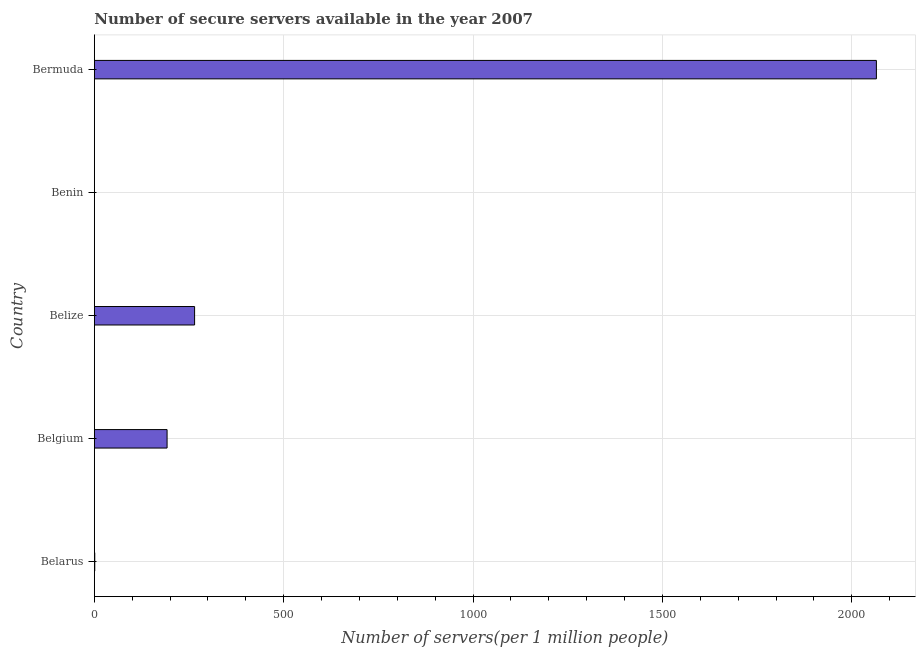
| Country | Secure Internet servers |
 | --- | --- |
 | Belarus | 1.15 |
 | Belgium | 192 |
 | Belize | 265 |
 | Benin | 0.115 |
 | Bermuda | 2.07e+03 |